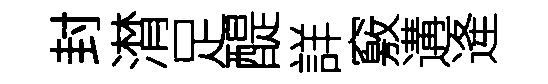
封潸足醍詳竅遘逄